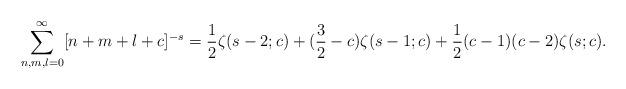
LaTeX: \begin{align*}\sum_{n,m,l=0}^{\infty}[n+m+l+c]^{-s}=\frac{1}{2}\zeta(s-2;c) +(\frac{3}{2}-c)\zeta(s-1;c)+\frac{1}{2}(c-1)(c-2)\zeta(s;c).\end{align*}